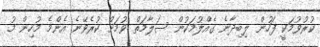
ކުރުވުމަކީ ފަހުން ލިބިދާނެ ގެއްލުމަކުން ސަލާމަތް ވުމަށް ކުރެވޭނެ އެންމެ މުހިން މު